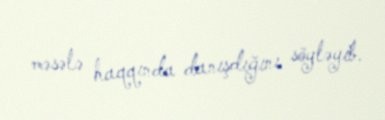
məsələ haqqında danışdığını söyləyib.